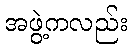
အဖွဲ့ကလည်း